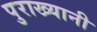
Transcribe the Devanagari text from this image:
पुराख्यानी